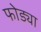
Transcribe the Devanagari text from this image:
फोड्या